Riigikohus_(kohtuotsuste_protokollid), lk 13
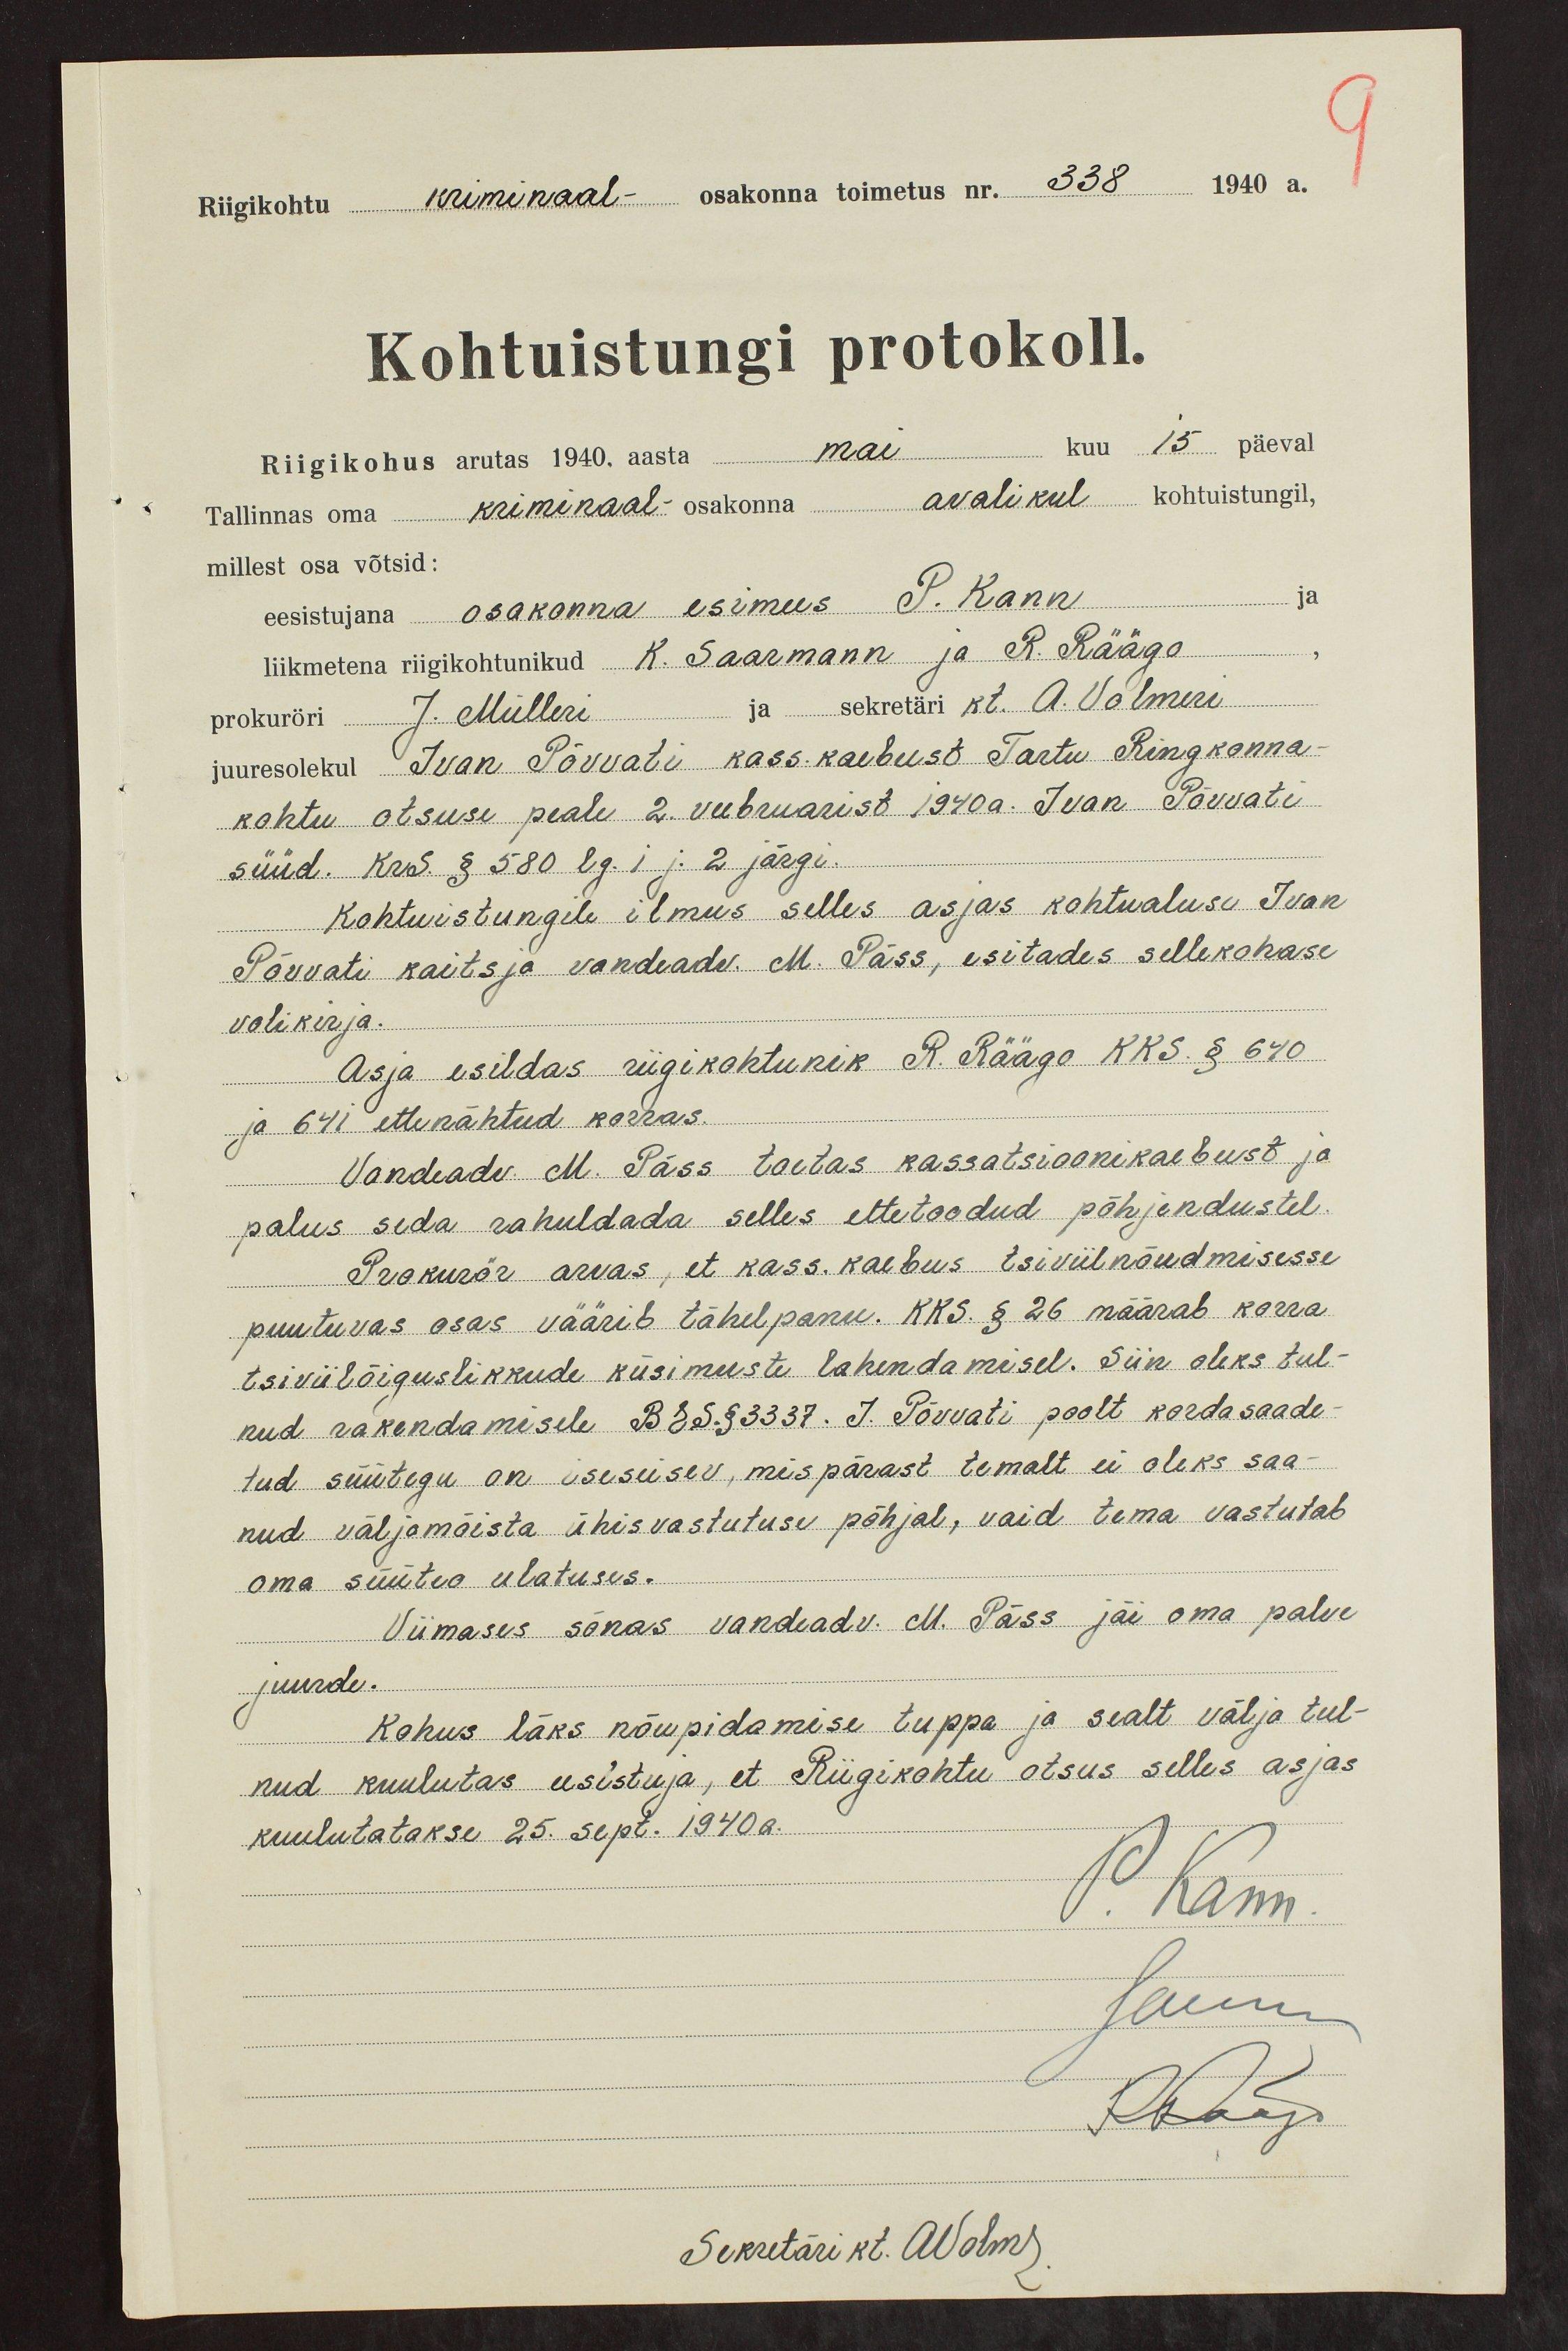
Riigikohtu kriminaal- osakonna toimetus nr. 338 1940 a.
Kohtuistungi protokoll.
Riigikohus arutas 1940. aasta mai kuu 15 päewal
Tallinnas oma kriminaal osakonna avalikul kohtuistungil,
millest osa võtsid:
eesistujana osakonna esimees P. Kann
liikmetena riigikohtunikud K. Saarmann ja R. Räägo
prokurõri J. Mülleri ja sekretäri kt. A. Volmeri
juuresolekul Ivan Põvvati kass. kaebust Tartu Ringkonna-
kohtu otsuse peale 2 veebruarist 1940a. Ivan Põvvati
süüd. KrS. § 580 lg. i j. 2 järgi
Kohtuistungile ilmus selles asjas kohtualuse Ivan
Põvvati kaitsja vandeadv. M. Päss, esitades sellekohase
volikirja.
Asja esildas riigikohtunik R. Räägo KKS. § 640
ja 641 ettenähtud korras.
Vandeadv. M. Päss toetas kassatsioonikaebust ja
palus seda rahuldada selles ettetoodud põhjendustel.
Prokurär arvas, et kass. kaebus tsiviilnõudmisesse
puutuvas osas väärib tähelpanu. KKS. § 26 määrab korra
tsiviilõiguslikkude küsimuste lahendamisel. Siin oleks tul-
nud rakendamisele BES. § 3337. J. Põvvati poolt kordasaade
tud süütegu on iseseisev, mis pärast temalt ei oleks saa-
nud väljamõista ühisvastutuse põhjal, vaid tema vastutab
oma süüteo ulatuses.
Viimases sõnas vandeadv. M. Päss jäi oma palve
juurde.
Kohus läks nõupidamise tuppa ja sealt välja tul-
nud kuulutas eesistuja, et Riigikohtu otsus selles asjas
kuulutatakse 25. Sept. 1940a.